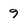
Character: 9